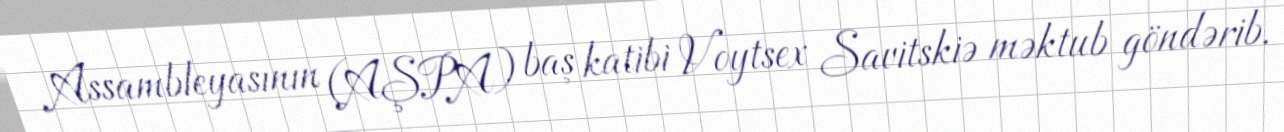
Assambleyasının (AŞPA) baş katibi Voytsex Savitskiə məktub göndərib.